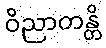
ဝိညာတန္တိ